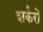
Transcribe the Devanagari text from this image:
शर्करों